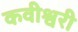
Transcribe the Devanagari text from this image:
कवीश्वरी